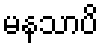
မနသာပိ